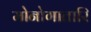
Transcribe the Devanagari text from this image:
मोनोगातारि